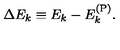
\Delta E _ { k } \equiv E _ { k } - E _ { k } ^ { ( \mathrm { P ) } } .